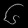
Digit: ၆